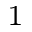
^ { 1 }